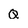
Character: Q